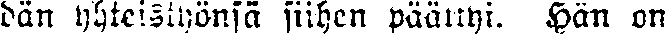
dän yhteistyönsö siihen päättyi. Hän on